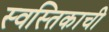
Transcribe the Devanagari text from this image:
स्वस्तिकाची